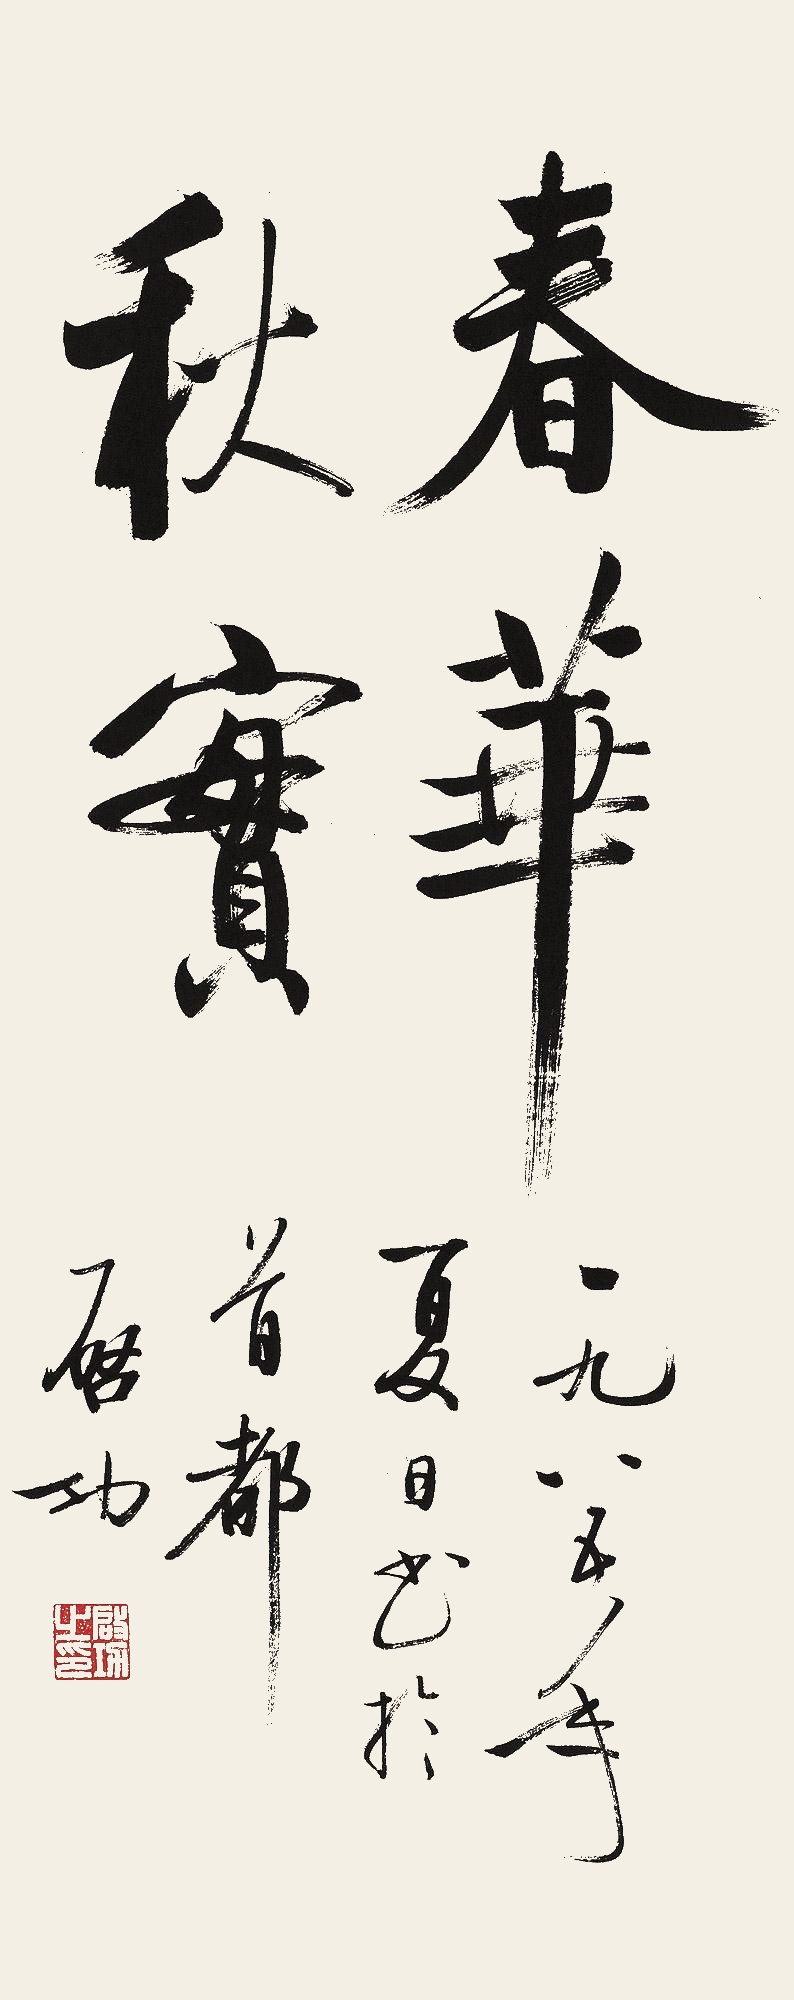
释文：春华秋实。一九八五年夏日书于首都，启功。